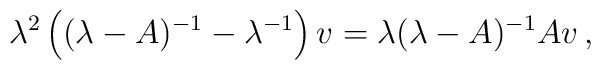
\lambda ^2\left( (\lambda -A)^{-1} -\lambda ^{-1}\right) v  = \lambda (\lambda -A)^{-1} Av\, ,